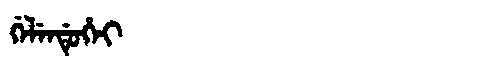
Manchu: ᡤᡝᠯᡝᠨᡩᡠᡥᡝᡳ
Romanization: GELENDUHEI